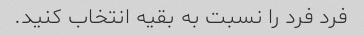
فرد فرد را نسبت به بقیه انتخاب کنید.